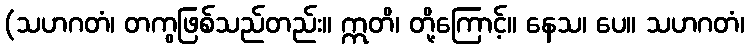
(သဟဂတံ၊ တကွဖြစ်သည်တည်း။ ဣတိ၊ တို့ကြောင့်။ နေသ၊ ပေ။ သဟဂတံ၊